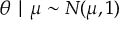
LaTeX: \theta \mid \mu \sim N ( \mu , 1 )